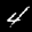
Label: 4